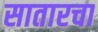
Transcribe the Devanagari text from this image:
सातारचा